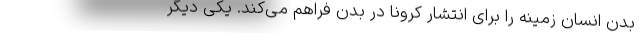
بدن انسان زمینه را برای انتشار کرونا در بدن فراهم می‌کند. یکی دیگر